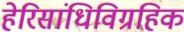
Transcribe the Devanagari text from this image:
हेरिसांधिविग्रहिक